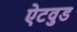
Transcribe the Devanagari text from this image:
ऐटवुड